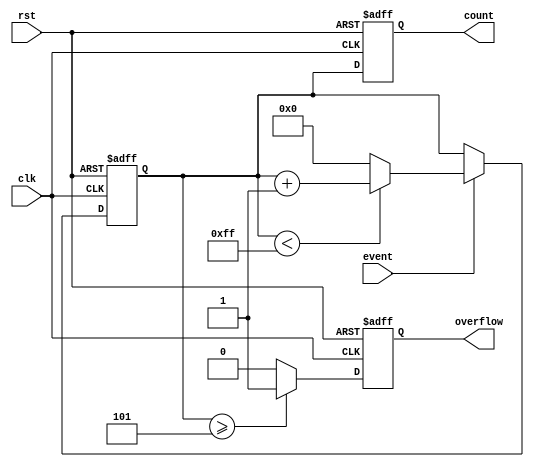
module windowed_counter #(
    parameter WINDOW_SIZE = 8,        // Configurable window size
    parameter THRESHOLD = 5            // Predefined threshold for overflow
) (
    input wire clk,                    // Clock signal
    input wire rst,                    // Asynchronous reset
    input wire event,                  // Event signal to increment counter
    output reg [WINDOW_SIZE-1:0] count, // Current count value
    output reg overflow                // Overflow flag
);

    // Internal counter register
    reg [WINDOW_SIZE-1:0] internal_count;

    // Synchronous process to handle counting and overflow logic
    always @(posedge clk or posedge rst) begin
        if (rst) begin
            internal_count <= 0;         // Reset the counter
            count <= 0;
            overflow <= 0;
        end else begin
            // Increment the counter on event
            if (event) begin
                if (internal_count < (1 << WINDOW_SIZE) - 1) begin
                    internal_count <= internal_count + 1; // Increment count
                end else begin
                    internal_count <= 0; // Wrap around
                end
            end
            
            // Update the count output
            count <= internal_count;

            // Update overflow flag
            if (internal_count >= THRESHOLD) begin
                overflow <= 1; // Set overflow flag if threshold exceeded
            end else begin
                overflow <= 0; // Clear overflow flag
            end
        end
    end

endmodule